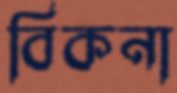
বিকনা